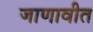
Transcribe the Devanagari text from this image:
जाणावीत